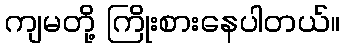
ကျမတို့ ကြိုးစားနေပါတယ်။